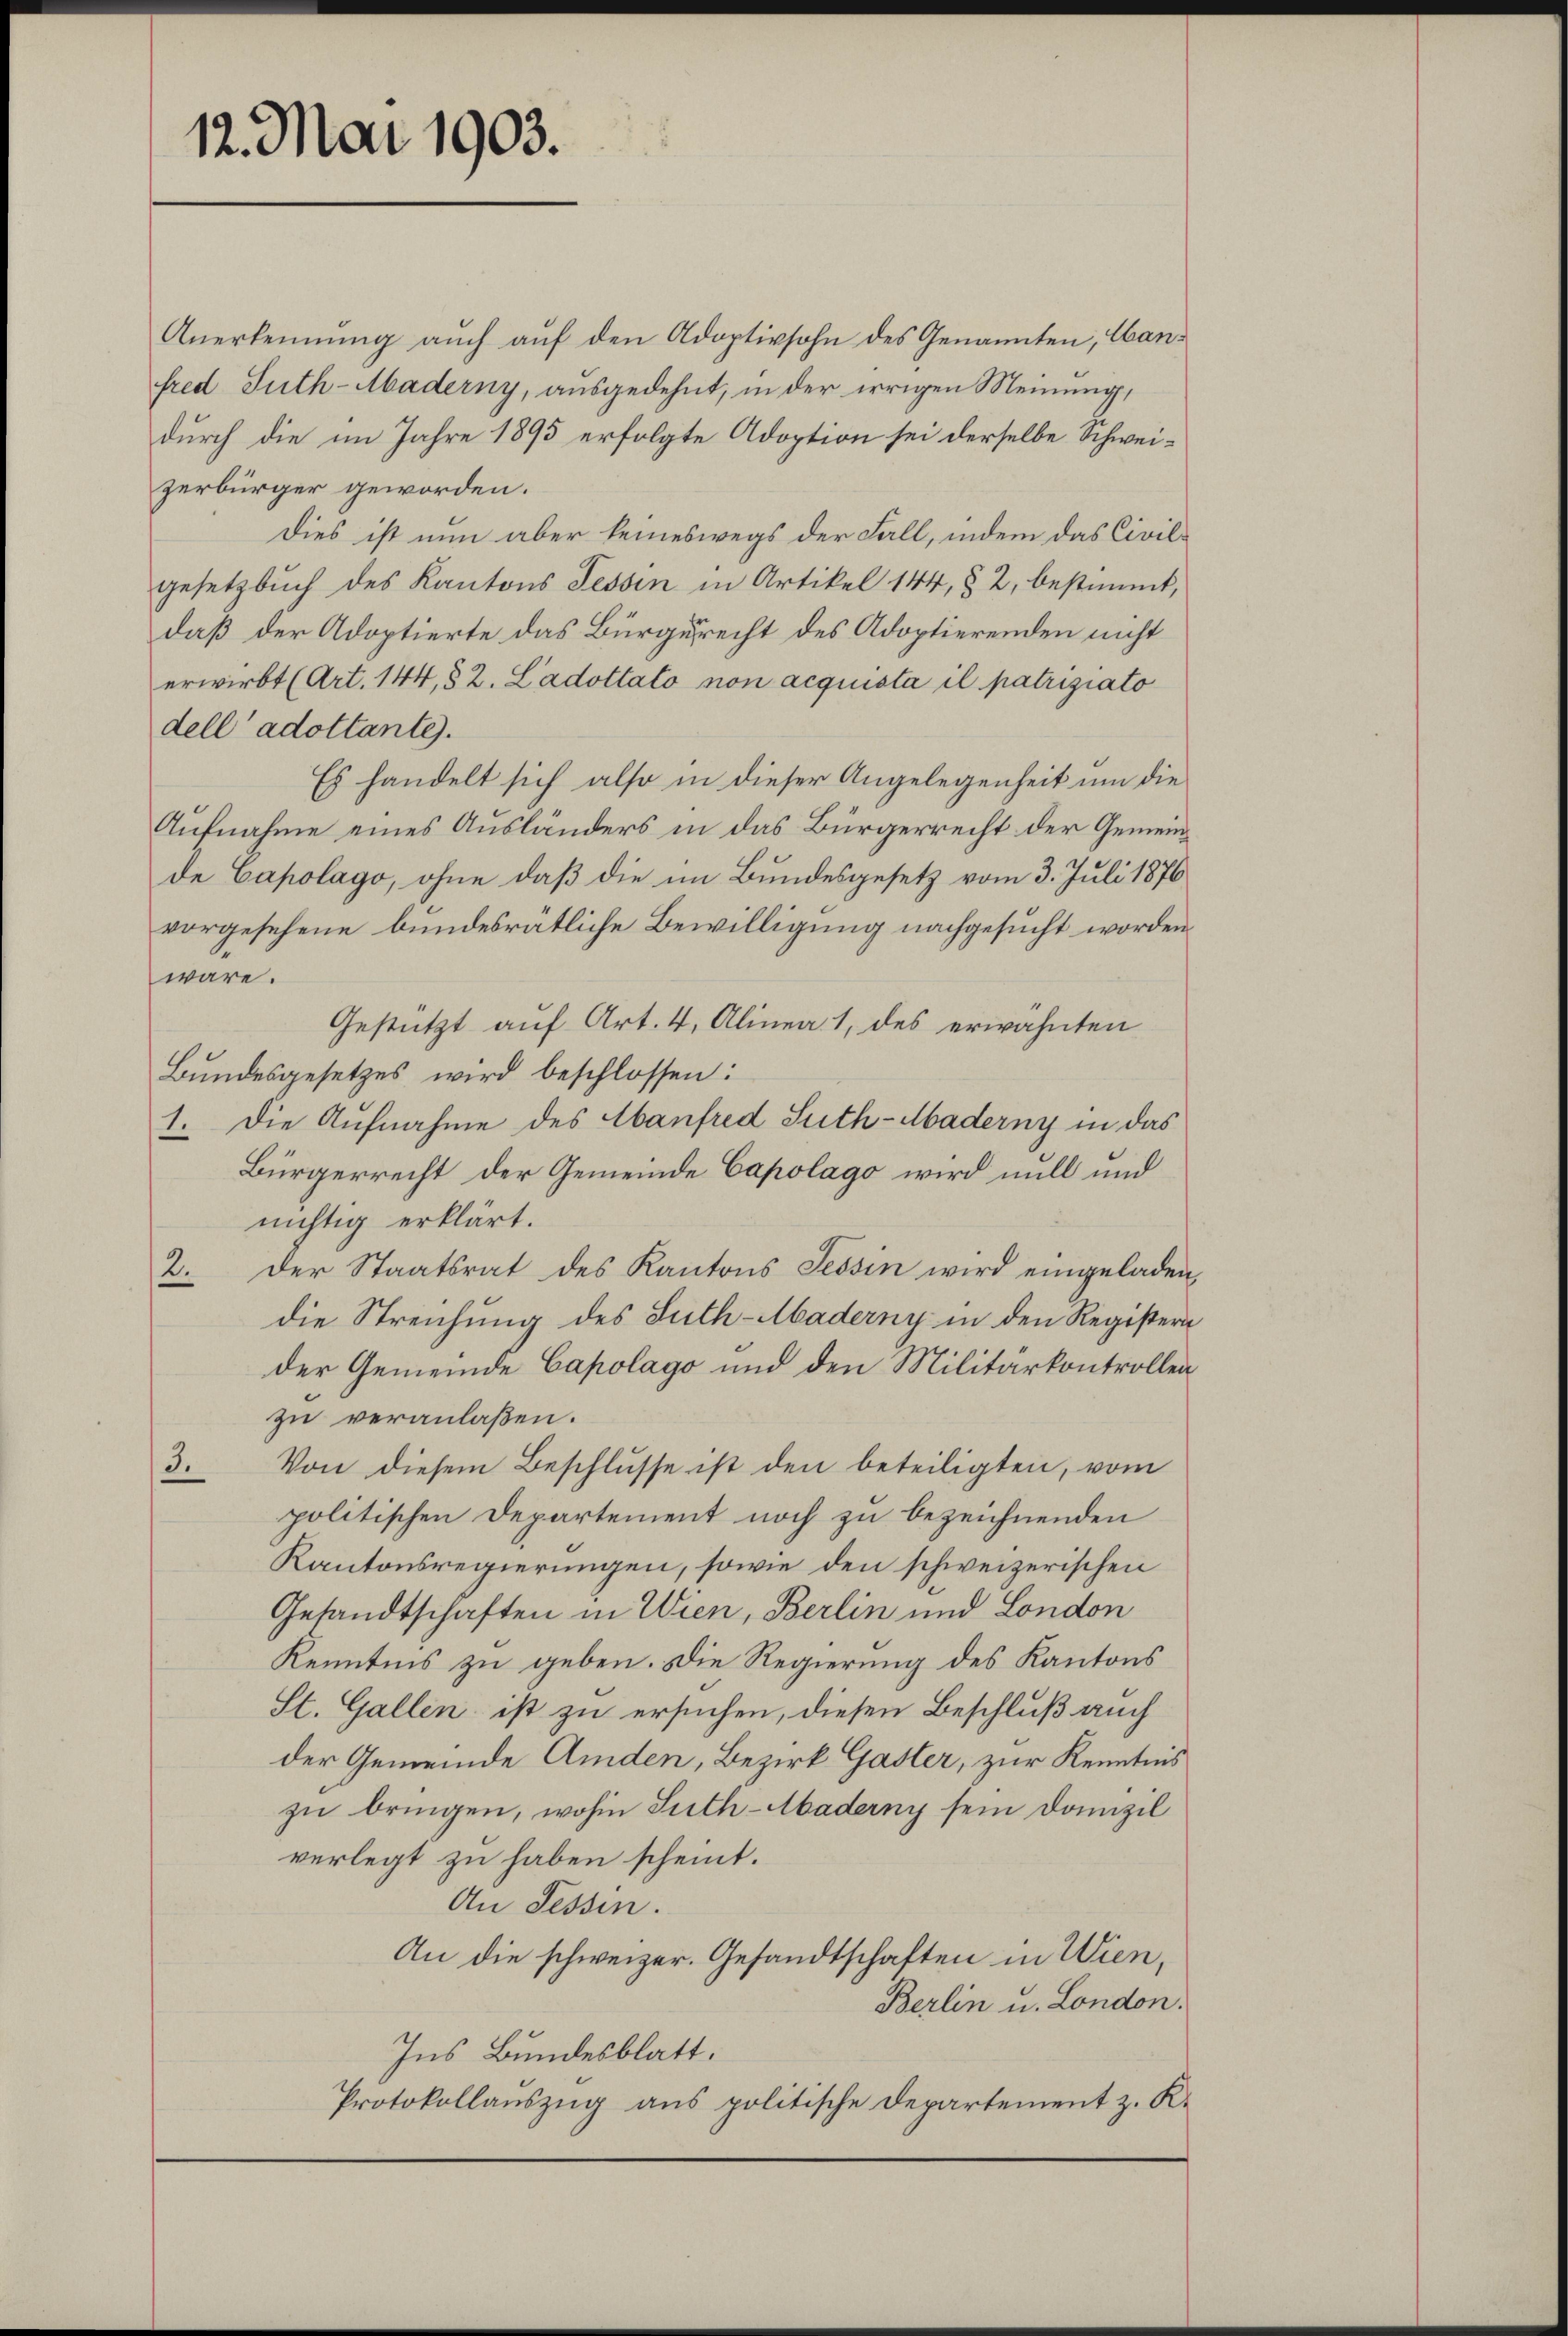
12. Mai 1903.

zerbürger geworden.
dell’ adottante.
Es handelt sich also in dieser Angelegenheit um die
Aufnahme eines Ausländers in das Bürgerrecht der Gemeinde Capolago, ohne daß die im Bundesgesetz vom 3. Juli 1876
vorgesehene bundesrätliche Bewilligung nachgesucht worden.
wäre.
Gestützt auf Art. 4, Alinea 1, des erwähnten
Bundesgesetzes wird beschlossen:
1. Die Aufnahme des Abanfred Suth-Maderny in das
Bürgerrecht der Gemeinde Capolago wird mill und
nichtig erklärt.
Der Staatsrat des Kantons Tessin wird eingeladen.
2.
die Streichung des Suth-Aaderny in den Registern
der Gemeinde Capolago und den Militärkontrollenzu veranlaßen.
3.
Von diesem Beschlusse ist den beteiligten, vom
politischen Departement noch zu bezeichnenden
Kantonsregierungen, sowie den schweizerischen
Gesandtschaften in Wien, Berlin und London
Kenntnis zu geben. Die Regierung des Kantons
St. Gallen ist zu ersuchen, diesen Beschluß auch
der Gemeinde Amden, Bezirk Gaster, zur Kenntnis
zu bringen, wohin Suth-Abaderny sein Domizil
verlegt zu haben scheint.
An Tessin.
An die schweizer. Gesandtschaften in Wien,
Berlin u. London.
Ins Bundesblatt.
Protokollauszug aus politische Departement z. K.

Anerkennung aŭch aŭf den Adoptivsohn des Genannten, Can-
fred Suth-Maderny, ausgedehnt, in der irrigen Meinung,
durch die im Jahre 1895 erfolgte Adoption sei derselbe Schwei¬
Dies ist nun aber keineswegs der Fall, indem das Civilgesetzbuch des Kantons Tessin in Artikel 144, § 2, bestimmt,
daß der Adoptierte das Bürgerecht des Adoptierenden nicht
erwirbt (Art. 144, § 2. Ladottato non acquista il patriziato